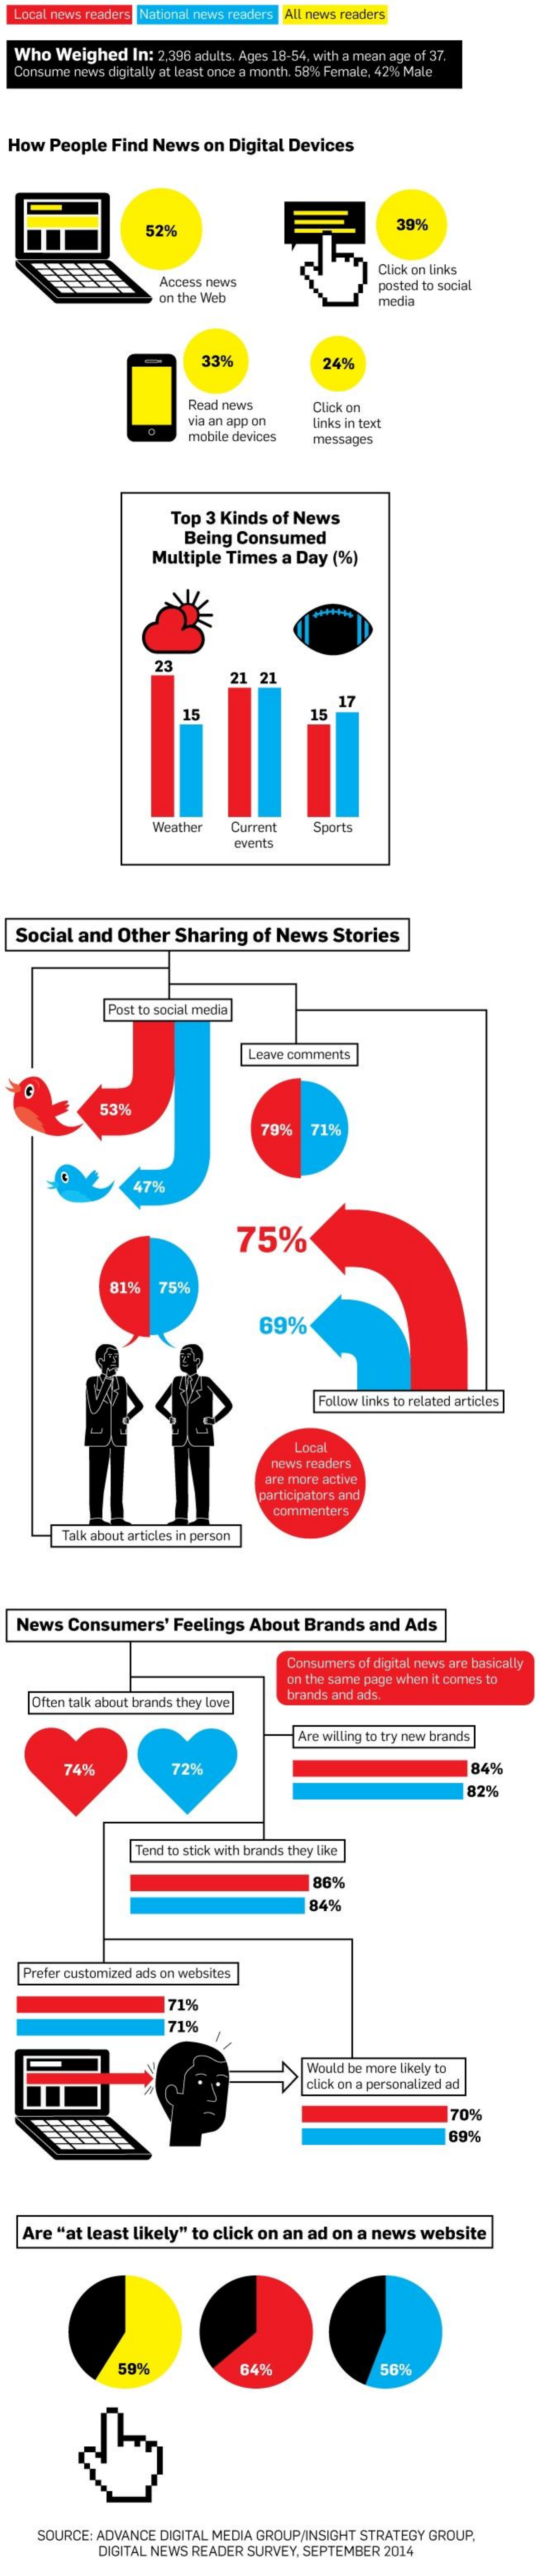
Local news readers National news readers All news readers
  Who  Weighed   In: 2,396 adults. Ages 18-54, with a mean age of 37.
  Consume news digitally at least once a month. 58% Female, 42% Male
  How People   Find News   on Digital Devices
     529    39%
     Click on Links
     Access news
     on the Web
     posted to social
     media
     33%    24%
     Read news
     via an app on
     Click on
     mobile devices
     links in text
     messages
     Top 3 Kinds  of News
     Being Consumed
     Multiple  Times  a Day  (%)
     23
     21 21
     15
     17
     15
     Weather   Current   Sports
     events
  Social  and  Other   Sharing   of News    Stories
     Post to social media
     Leave comments
     53%
     79%   71%
     47%
     75%
     81%    75%
     69%
     Follow links to related articles
     Local
     news readers
     are more active
     participators and
     commenters
     Talk about articles in person
  News   Consumers'    Feelings  About  Brands  and  Ads
     Consumers of digital news are basically
     on the same page when it comes to
    Often talk about brands they love
     brands and ads.
     Are willing to try new brands
     74    72%    84%
     82%
     Tend to stick with brands they like
     86%
     84%
   Prefer customized ads on websites
     71%
     71%
     Would be more likely to
     click on a personalized ad
     70%
     69%
    Are "at least likely" to click on an ad on a news  website
     59%    64%    56%
     SOURCE: ADVANCE DIGITAL MEDIA GROUP/INSIGHT STRATEGY GROUP.
     DIGITAL NEWS READER SURVEY, SEPTEMBER 2014